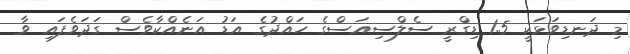
މި ދަނޑިވަޅަކީ 1.5 ޑިގްރީ ސެލްސިއަސްގެ ހައްދުގެ އަޑު އަނެއްކާވެސް ގަދަވެފައި ވާ